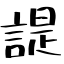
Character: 諟